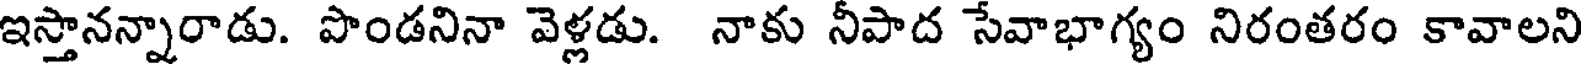
ఇస్తానన్నారాడు. పొండనినా వెళ్లడు. నాకు నీపాద సేవాభాగ్యం నిరంతరం కావాలని